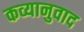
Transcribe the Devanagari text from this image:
कव्यानुवाद